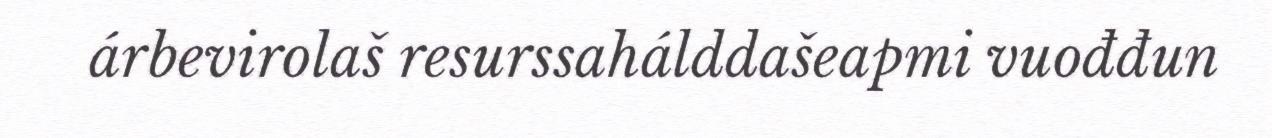
árbevirolaš resurssahálddašeapmi vuođđun